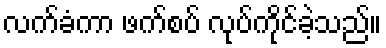
လက်ခံကာ ဖက်စပ် လုပ်ကိုင်ခဲ့သည်။